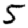
Digit: 5